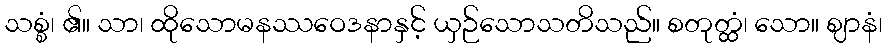
သစ္စံ၊ ၏။ သာ၊ ထိုသောမနဿဝေဒနာနှင့် ယှဉ်သောသတိသည်။ စတုတ္ထံ၊ သော။ ဈာနံ၊